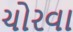
ચોરવા